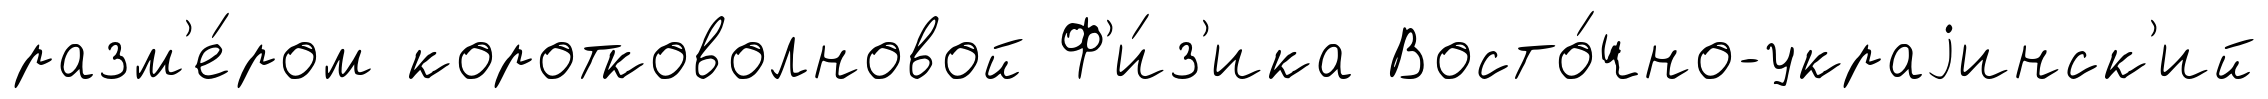
разм'е́ром коротковолновой Ф'и́з'ика Восто́чно-украjинск'ий